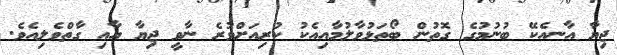
ޖިޔާ އާނއެކޭ ބުނުމުގެ ގޮތުން ބޯތަޅުވާލުމާއިއެކު ކުރިއަށްވުރެ ނާވީ ޖިޔާ އާއި ގާތްވެލިއެވެ.